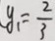
y _ { 1 } = \frac { 2 } { 3 }